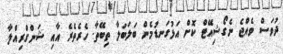
ދުވަސް ވެއްޖެ ނެގޯޝިއޭޓް ކޮށް އަޅުގަނޑުމެން ބަލަބަލާ ތިބޭތާ. ހެރެތެރެ އާއި ޝަންގްރިއްލާ